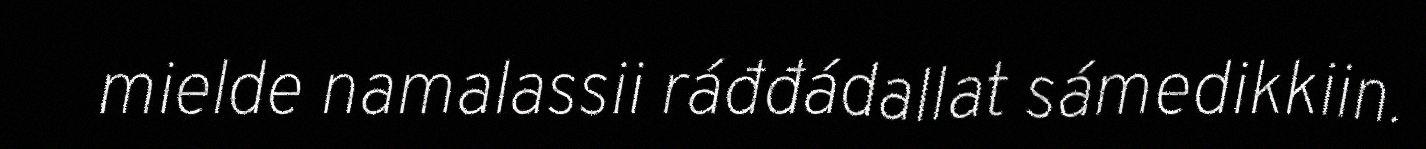
mielde namalassii ráđđádallat sámedikkiin.